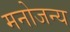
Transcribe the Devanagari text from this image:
मनोजन्य